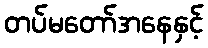
တပ်မတော်အနေနှင့်